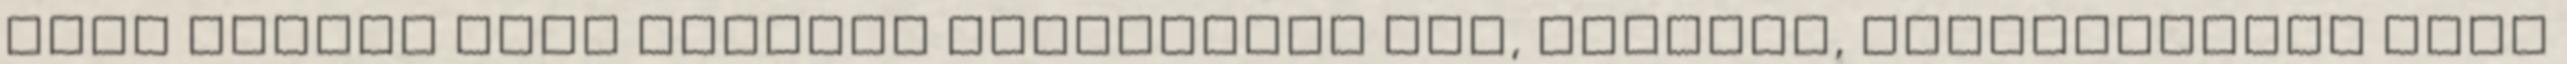
nagy dolgok mint például egykulcsos adó, bankadó, határvédelem mind